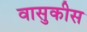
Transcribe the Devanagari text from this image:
वासुकीस